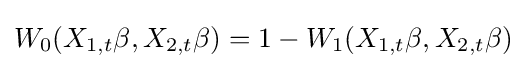
W_{0}(X_{1,t}\beta ,X_{2,t}\beta )=1-W_{1}(X_{1,t}\beta ,X_{2,t}\beta )